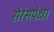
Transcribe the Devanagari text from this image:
सेरेसपेक्षा